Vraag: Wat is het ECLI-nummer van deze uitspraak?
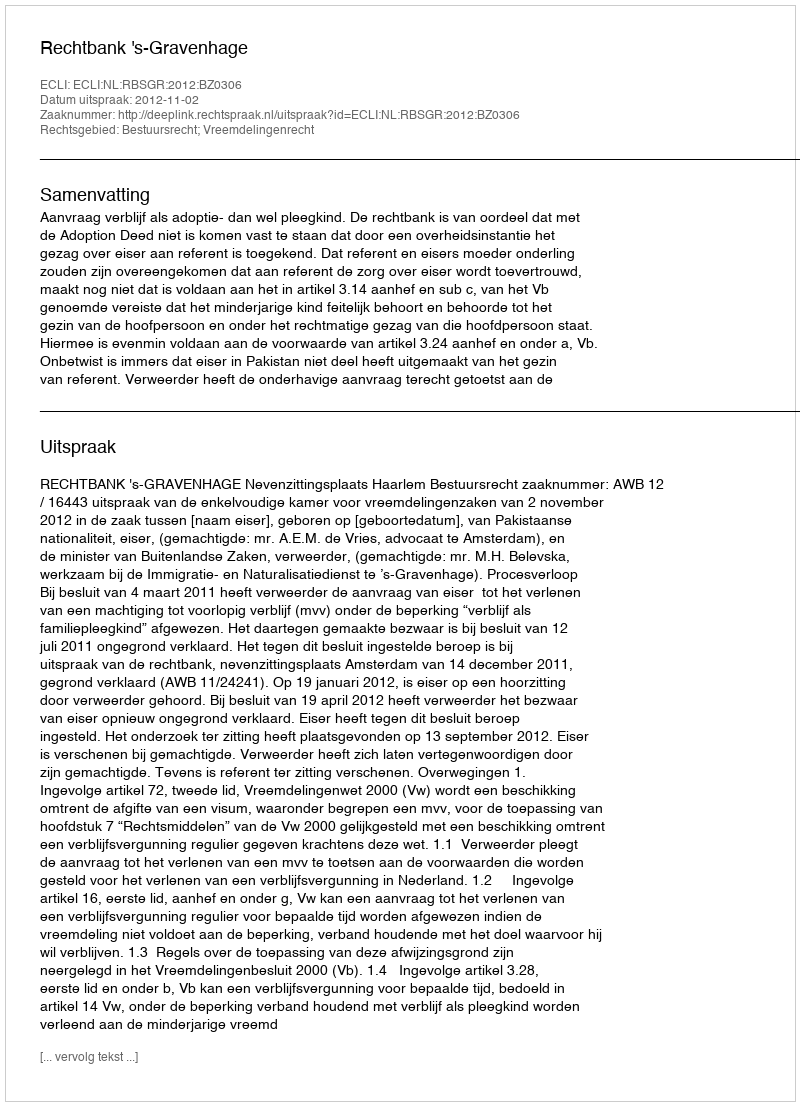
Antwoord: ECLI:NL:RBSGR:2012:BZ0306